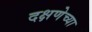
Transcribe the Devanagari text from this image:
दक्षणेच्या